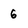
Character: 6